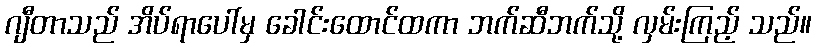
ဂျီတာသည် အိပ်ရာပေါ်မှ ခေါင်းထောင်ထကာ ဘက်ဆီဘက်သို့ လှမ်းကြည့် သည်။